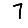
Digit: 7